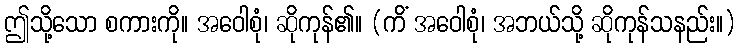
ဤသို့သော စကားကို။ အဝေါစုံ၊ ဆိုကုန်၏။ (ကိံ အဝေါစုံ၊ အဘယ်သို့ ဆိုကုန်သနည်း။)